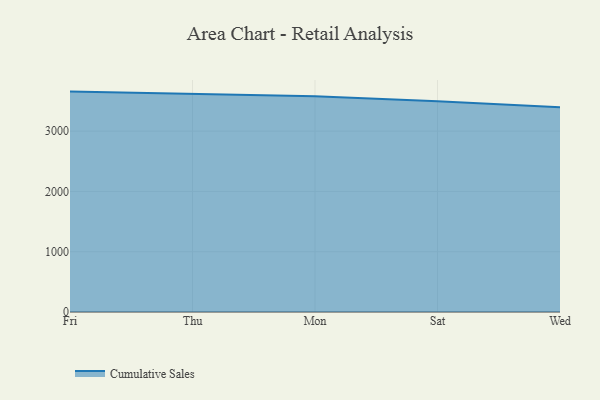
{"axis": {"x": "Day", "y": "Churn Rate (%)"}, "legend": ["Cumulative Sales"], "data": [{"x": "Fri", "y": 3655.6, "type": "Cumulative Sales"}, {"x": "Thu", "y": 3616.8, "type": "Cumulative Sales"}, {"x": "Mon", "y": 3577.6, "type": "Cumulative Sales"}, {"x": "Sat", "y": 3496.2, "type": "Cumulative Sales"}, {"x": "Wed", "y": 3397.0, "type": "Cumulative Sales"}]}